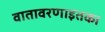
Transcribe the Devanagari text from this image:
वातावरणाइतका